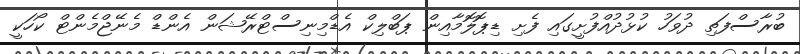
ބުރާސްފަތި ދުވަހު ކުޅުދުއްފުށީގައި ފެށި ޑިޕޮލޮމާއިން ޕަބްލިކް އެޑްމިނިސްޓްރޭޝަން އެންޑް މެނޭޖްމެންޓް ކޯހަކީ